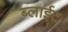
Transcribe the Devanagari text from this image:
ब्लाईट